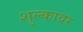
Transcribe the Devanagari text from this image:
शुल्कावर